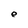
Character: e